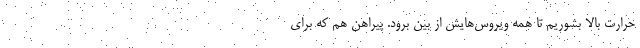
حرارت بالا بشوریم تا همه ویروس‌هایش از بین برود. پیراهن هم که برای